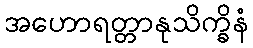
အဟောရတ္တာနုသိက္ခိနံ